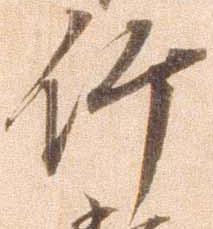
竹